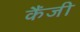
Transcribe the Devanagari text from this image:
कैंजी